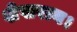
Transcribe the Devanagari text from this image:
शेखराय।